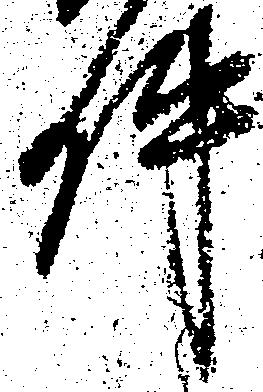
件